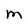
Character: M